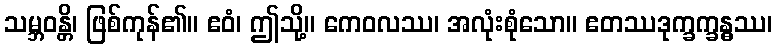
သမ္ဘဝန္တိ၊ ဖြစ်ကုန်၏။ ဧဝံ၊ ဤသို့။ ကေဝလဿ၊ အလုံးစုံသော။ ဧတဿဒုက္ခက္ခန္ဓဿ၊